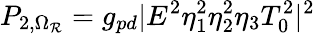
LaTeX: P_{2,\Omega_{\mathcal{R}}}=g_{pd}|E^{2}\eta_{1}^{2}\eta_{2}^{2}\eta_{3}T_{0}^{2}|^{2}